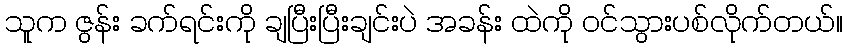
သူက ဇွန်း ခက်ရင်းကို ချပြီးပြီးချင်းပဲ အခန်း ထဲကို ဝင်သွားပစ်လိုက်တယ်။